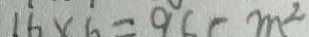
1 6 \times 6 = 9 6 ( m ^ { 2 }